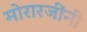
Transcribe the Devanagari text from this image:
मोरारजींनी